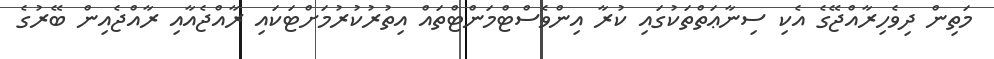
މަތިން ދިވެހިރާއްޖޭގެ އެކި ސިނާޢަތްތަކުގައި ކުރާ އިންވެސްޓްމަންޓްތައް އިތުރުކުރުމަށްޓަކައި ރާއްޖެއާއި ރާއްޖެއިން ބޭރުގެ